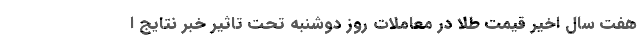
هفت سال اخیر قیمت طلا در معاملات روز دوشنبه تحت تاثیر خبر نتایج ا